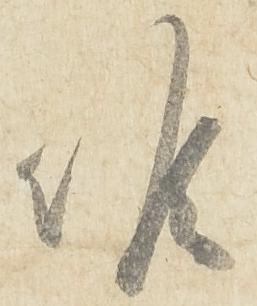
候